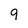
Character: q